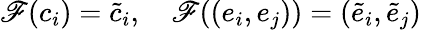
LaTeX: \mathscr{F}(c_{i})=\tilde{{c}}_{i},\quad\mathscr{F}((e_{i},e_{j}))=(\tilde{{e}}_{i},\tilde{{e}}_{j})